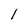
Character: l